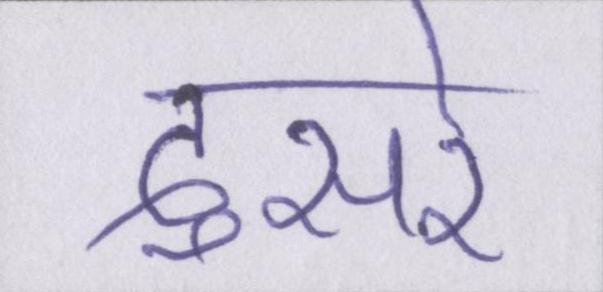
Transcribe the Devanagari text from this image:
दुसरे